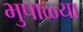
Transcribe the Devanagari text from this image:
भुपाळ्या